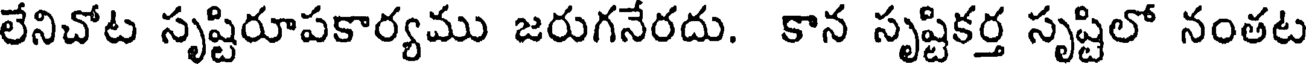
లేనిచోట సృష్టిరూపకార్యము జరుగనేరదు. కాన సృష్టికర్త సృష్టిలో నంతట